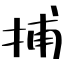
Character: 捕